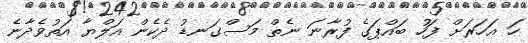
ހަ އަހަރަށް ފަހު ބައްޕަގެ ފުރާނަ ނެތް މަސްގަނޑު ދެކެން އަލްޔާ އަތުވެދާނެ